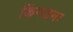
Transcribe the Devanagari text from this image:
किंगडमः